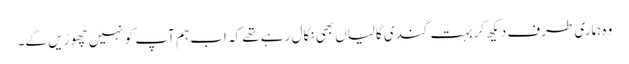
وہ ہماری طرف دیکھ کر بہت گندی گالیاں بھی نکال رہے تھے کہ اب ہم آپ کو نہیں چھوڑیں گے۔